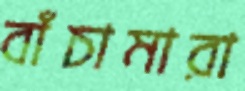
বাঁচামারা